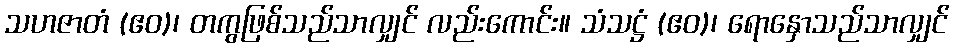
သဟဇာတံ (ဧဝ)၊ တကွဖြစ်သည်သာလျှင် လည်းကောင်း။ သံသဋ္ဌံ (ဧဝ)၊ ရောနှောသည်သာလျှင်